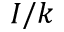
I / k